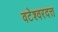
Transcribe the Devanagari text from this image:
वटेश्वरदत्त